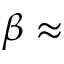
\beta \approx